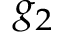
g _ { 2 }